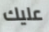
عليك